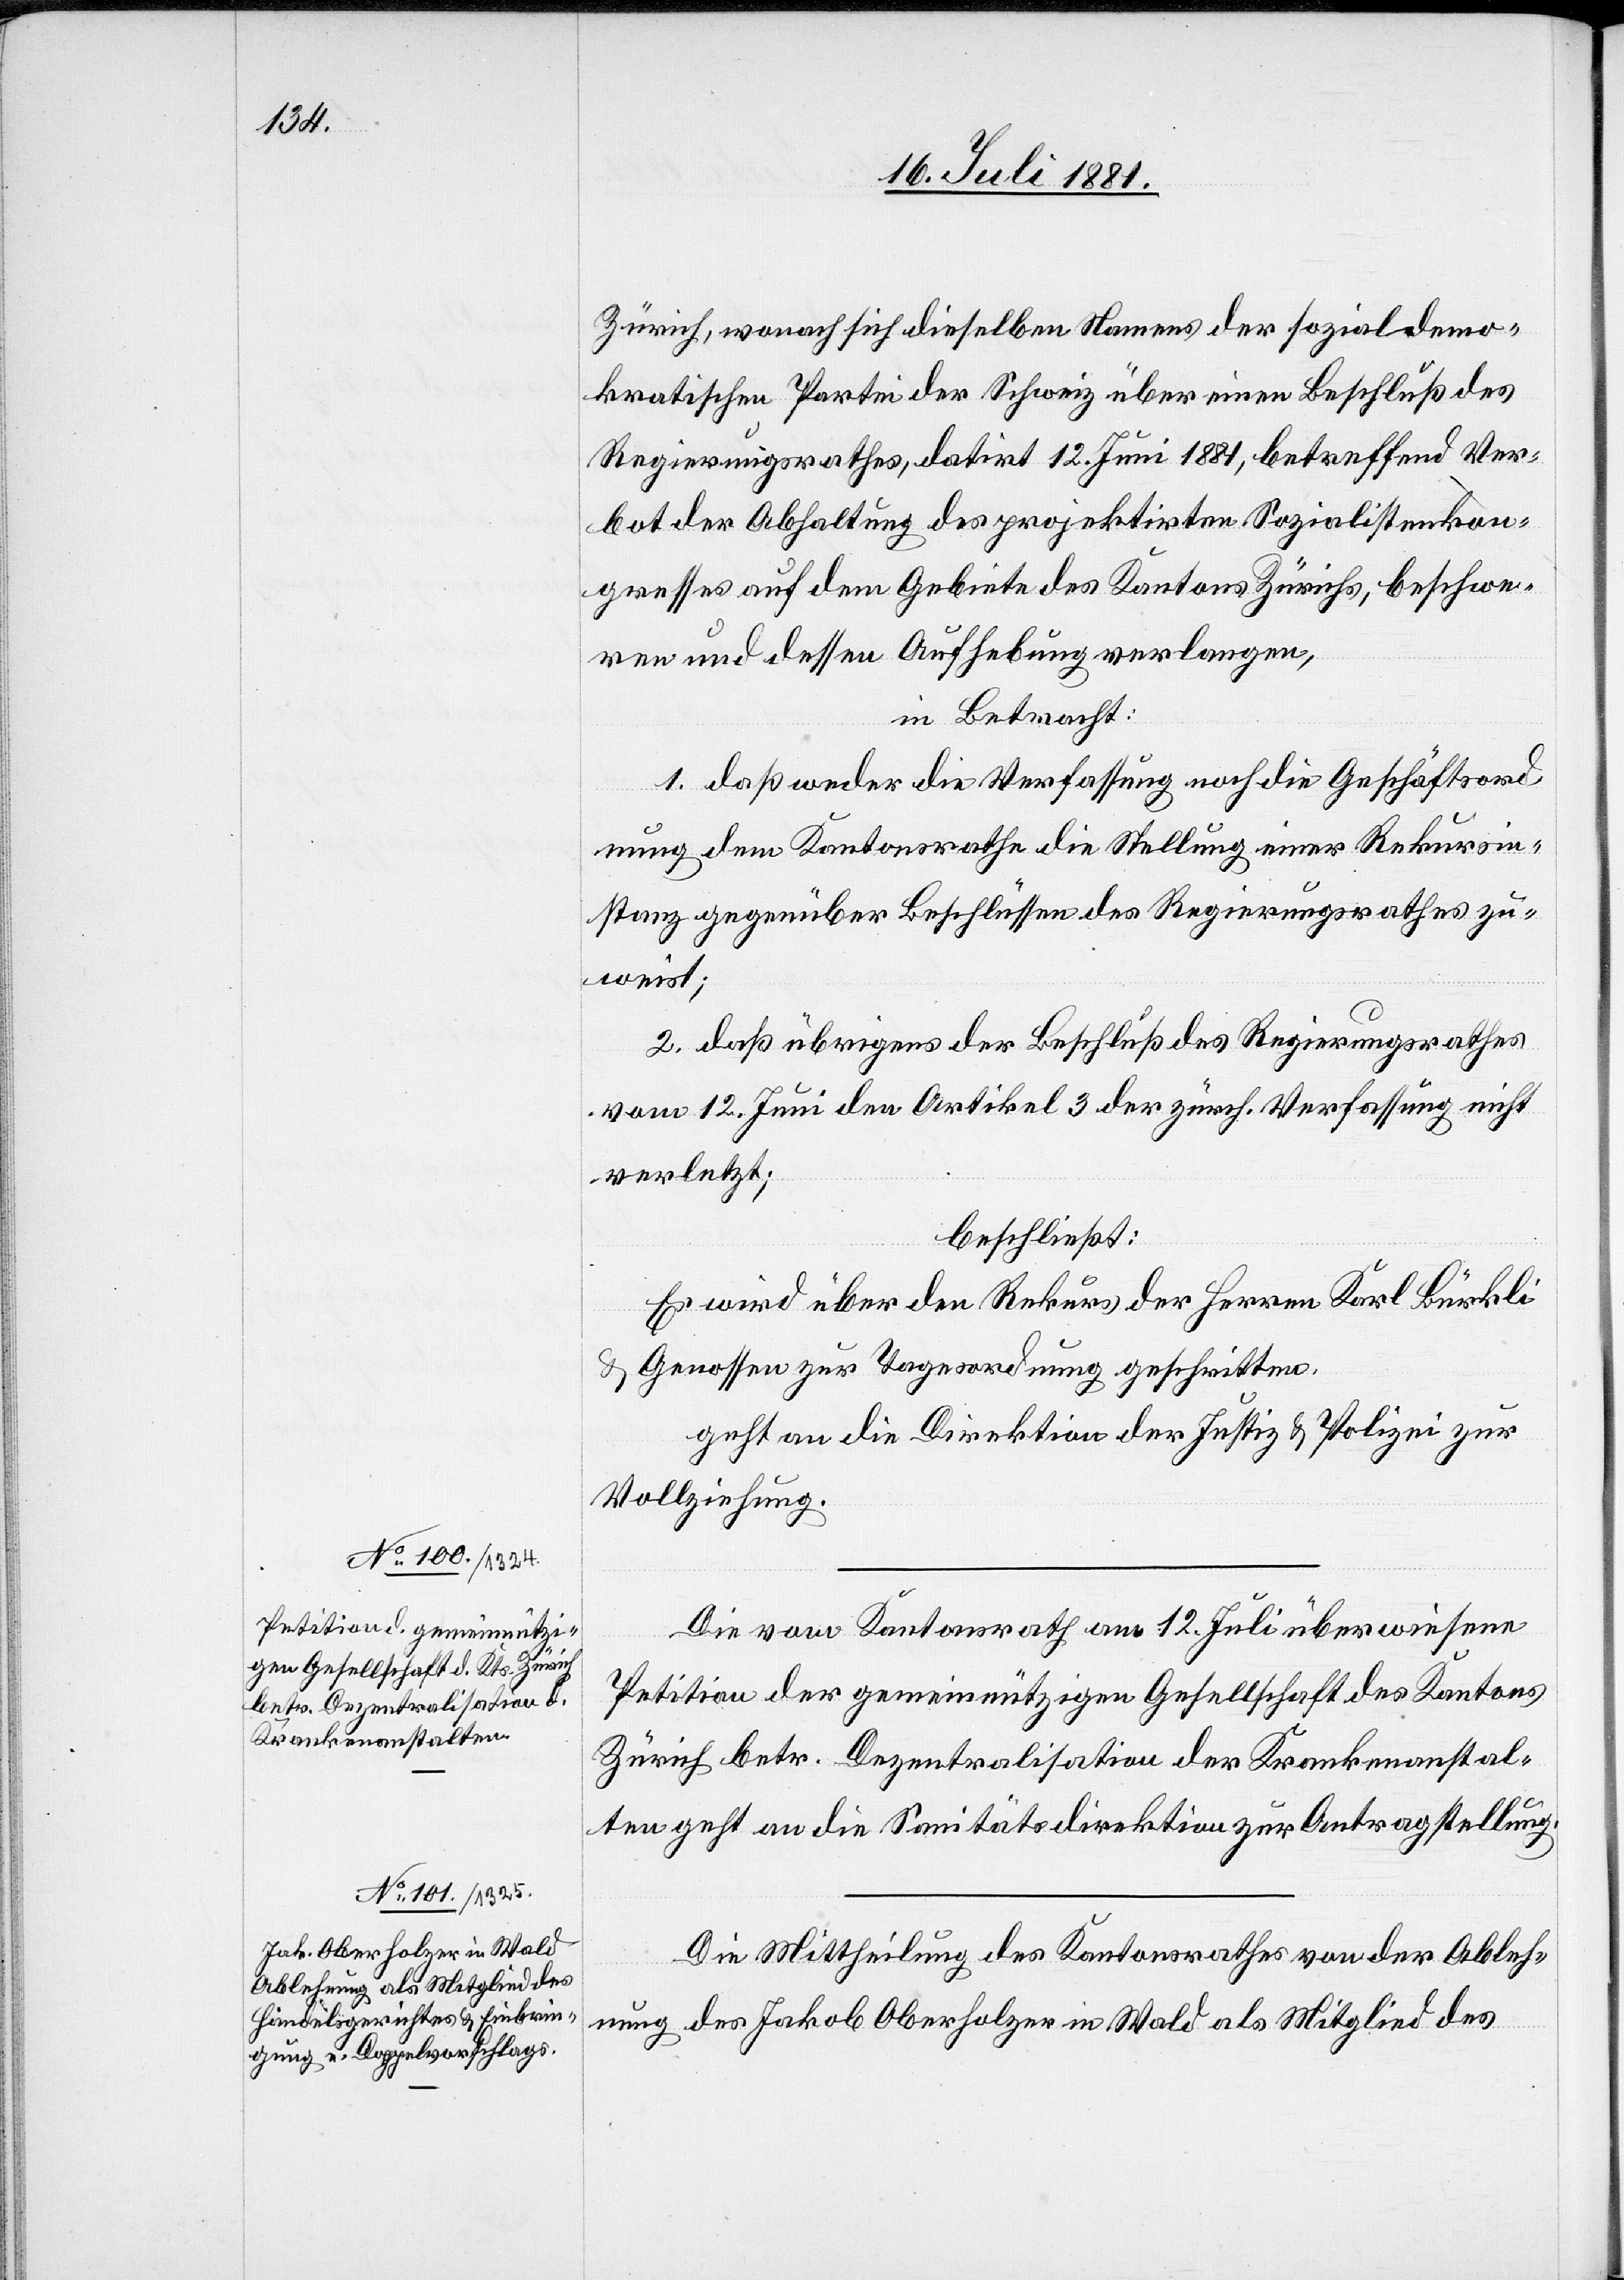
Zürich , wonach sich dieselben Namens der sozialdemo¬
kratischen Partei der Schweiz über einen Beschluß des
Regierungsrathes, datirt 12. Juni 1884, betreffend Ver¬
bot der Abhaltung des projektirten Sozialistenkon¬
gresses auf dem Gebiete des Kantons Zürich, beschwe¬
ren und dessen Aufhebung verlangen,
in Betracht:
1. daß weder die Verfassung noch die Geschäftsord¬
nung dem Kantonsrathe die Stellung einer Rekursin¬
stanz gegenüber Beschlüssen des Regierungsrathes zu¬
weist;
2. daß übrigens der Beschluß des Regierungsrathes
vom 12. Juni den Artikel 3 der zürch. Verfassung nicht
verletzt;
beschließt:
Es wird über den Rekurs der Herren Karl Bürkli
& Genossen zur Tagesordnung geschritten,
geht an die Direktion der Justiz & Polizei zu
Vollziehung.
Die vom Kantonsrath am 12. Juli überwiesene
Petition der gemeinnützigen Gesellschaft des Kantons
Zürich betr. Dezentralisation der Krankenanstal¬
ten geht an die Sanitätsdirektion zur Antragsstellung.
Die Mittheilung des Kantonsrathes von der Ableh¬
nung des Jakob Oberholzer in Wald als Mitglied des